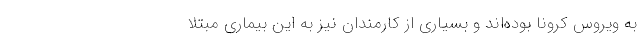
به ویروس کرونا بوده‌اند و بسیاری از کارمندان نیز به این بیماری مبتلا